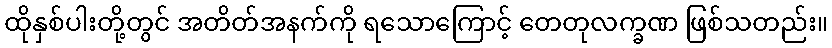
ထိုနှစ်ပါးတို့တွင် အတိတ်အနက်ကို ရသောကြောင့် တေတုလက္ခဏ ဖြစ်သတည်း။